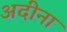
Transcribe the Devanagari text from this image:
अदीना